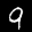
Label: 9